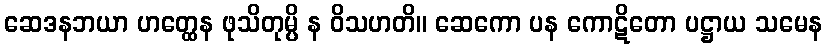
ဆေဒနဘယာ ဟတ္ထေန ဖုသိတုမ္ပိ န ဝိသဟတိ။ ဆေကော ပန ကောဋိတော ပဋ္ဌာယ သမေန